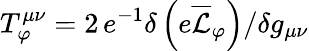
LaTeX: T_{\varphi}^{\mu\nu}=2\, e^{-1}\delta\left(e\overline{{\mathcal{L}}}_{\varphi}\right)/\delta g_{\mu\nu}